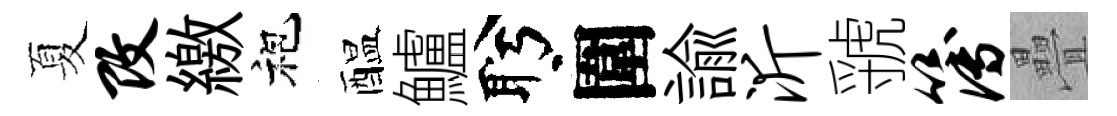
夏改繳袍醖鱸盻圍諭沂虢簿疊